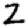
Digit: 2